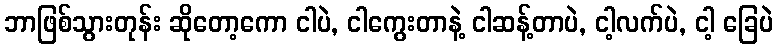
ဘာဖြစ်သွားတုန်း ဆိုတော့ကော ငါပဲ, ငါကွေးတာနဲ့ ငါဆန့်တာပဲ, ငါ့လက်ပဲ, ငါ့ ခြေပဲ